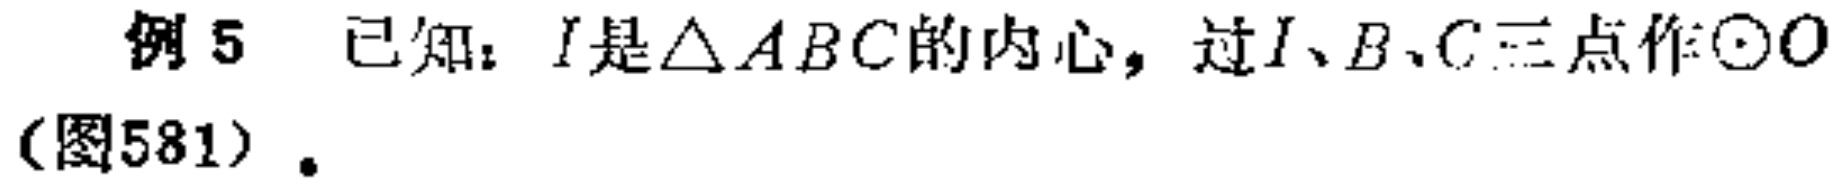
例5 已知：\(I\)是\(\triangle ABC\)的内心，过\(I、B、C\)三点作\(\odot O\)（图581）。